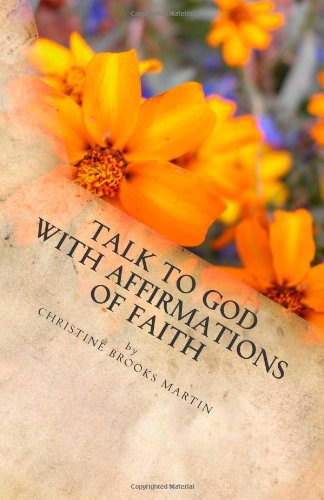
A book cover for Talk to God with Affirmations of Faith; Christine Brooks Martin; Religion & Spirituality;